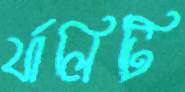
র‍্যালিটি